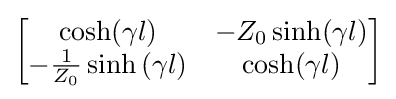
{\begin{bmatrix}\cosh(\gamma l)&-Z_{0}\sinh(\gamma l)\\-{\frac {1}{Z_{0}}}\sinh \left(\gamma l\right)&\cosh(\gamma l)\end{bmatrix}}